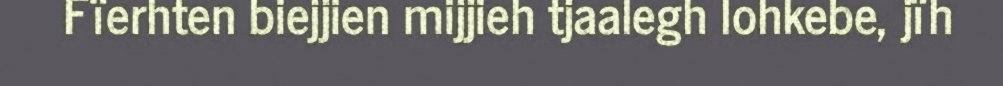
Fïerhten biejjien mijjieh tjaalegh lohkebe, jïh